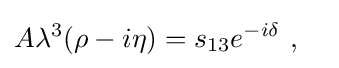
A\lambda ^{3}(\rho -i\eta )=s_{13}e^{-i\delta }~,\quad